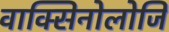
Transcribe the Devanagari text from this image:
वाक्सिनोलोजि